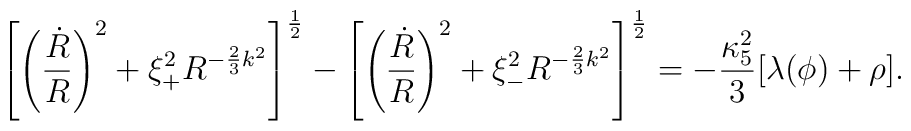
\left[\left({\dot{R}\over R}\right)^2+\xi_{+}^2 R^{-{2\over 3}k^2}\right]^{1\over2}-\left[\left({\dot{R}\over R}\right)^2+\xi_{-}^2 R^{-{2\over 3}k^2}\right]^{1\over2}=-{\kappa_{5}^2\over3}[\lambda(\phi)+\rho].